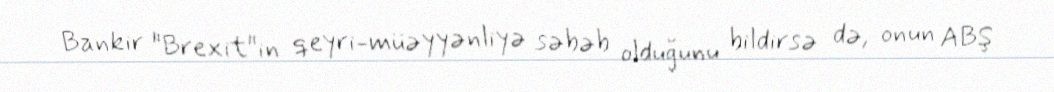
Bankir "Brexit"in qeyri-müəyyənliyə səbəb olduğunu bildirsə də, onun ABŞ